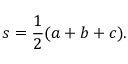
s = { \frac { 1 } { 2 } } ( a + b + c ) .